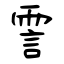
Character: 霅